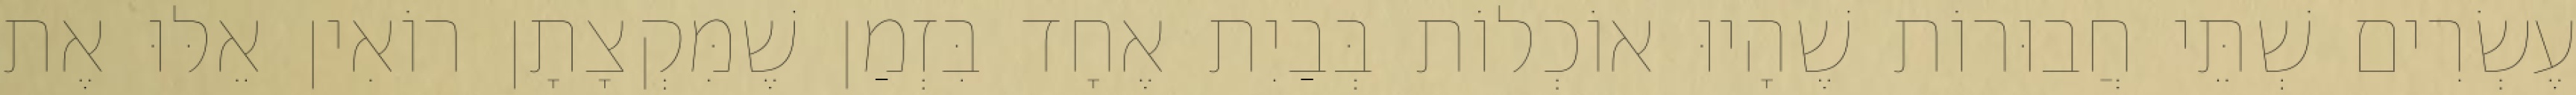
עֶשְׂרִים שְׁתֵּי חֲבוּרוֹת שֶׁהָיוּ אוֹכְלוֹת בְּבַיִת אֶחָד בִּזְמַן שֶׁמִּקְצָתָן רוֹאִין אֵלּוּ אֶת